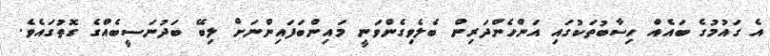
އެ ގައުމުގެ ބައެއް ހިސާބުތަކުގައި އަންހެންދަރިން ބެލެވިގެންވަނީ މައިންބަފައިންނަށް ލިބޭ ބަދުނަސީބެއްގެ ގޮތުގައެވެ.